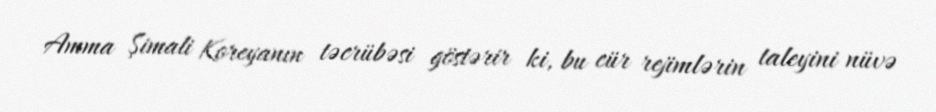
Amma Şimali Koreyanın təcrübəsi göstərir ki, bu cür rejimlərin taleyini nüvə